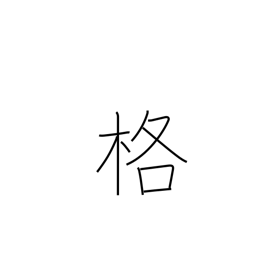
Meaning: capacity